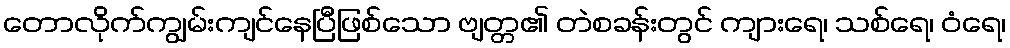
တောလိုက်ကျွမ်းကျင်နေပြီဖြစ်သော ဗျတ္တ၏ တဲစခန်းတွင် ကျားရေ၊ သစ်ရေ၊ ဝံရေ၊